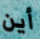
أين